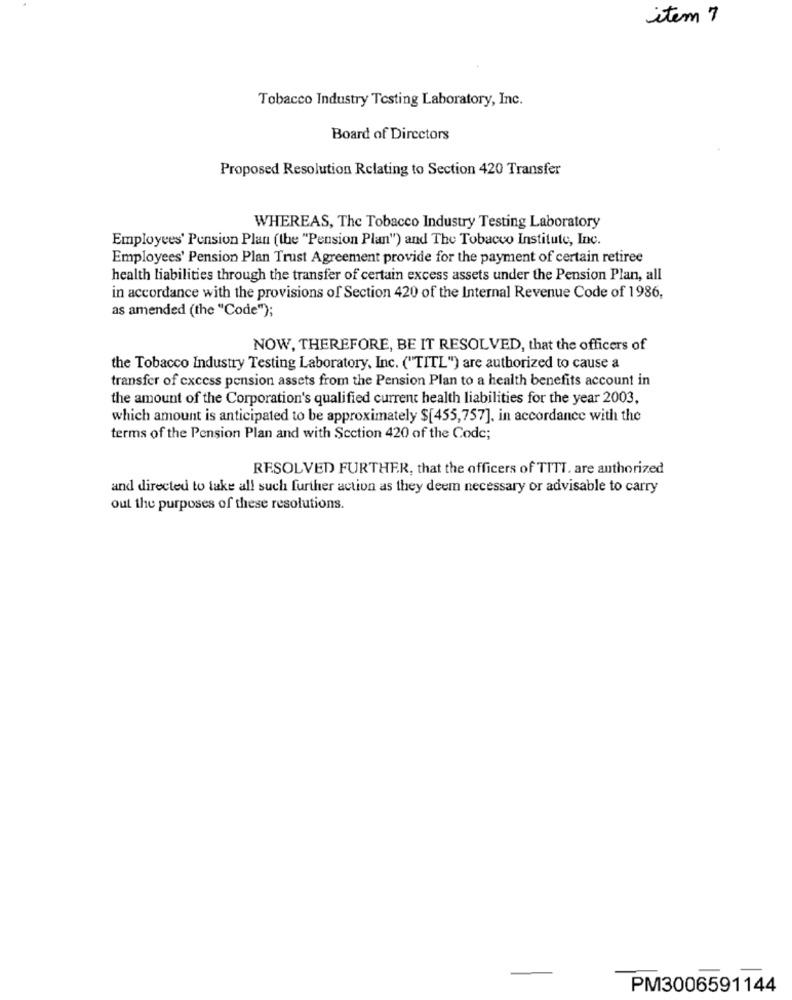
item 7
Tobacco Industry Testing Laboratory, Inc.
Board of Directors
Proposed Resolution Relating to Section 420 Transfer
WHEREAS, The Tobacco Industry Testing Laboratory
Employees' Pension Plan (the "Pension Plan") and The Tobacco Institute, Inc.
Employees' Pension Plan Trust Agreement provide for the payment of certain retiree
health liabilities through the transfer of certain excess assets under the Pension Plan, all
in accordance with the provisions of Section 420 of the Internal Revenue Code of 1986,
as amended (the "Code");
NOW, THEREFORE, BE IT RESOLVED, that the officers of
the Tobacco Industry Testing Laboratory, Inc. ("TITL") are authorized to cause a
transfer of excess pension assets from the Pension Plan to a health benefits account in
the amount of the Corporation's qualified current health liabilities for the year 2003.
which amount is anticipated to be approximately $[455,757]. in accordance with the
terms of the Pension Plan and with Section 420 of the Code;
RESOLVED FURTHER, that the officers of TTTT. are authorized
and directed to take all such further action as they deem necessary or advisable to carry
out the purposes of these resolutions.
PM3006591144